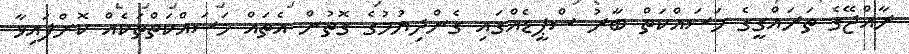
ރާއްޖޭގެ ތަރައްގީގެ މަސައްކަތް ބާރު ސްޕީޑެއްގައި ގެންދިޔުމުގެ ގޮތުން އެތައް މަސައްކަތްތަކެއް ކޮށްފައިވާ